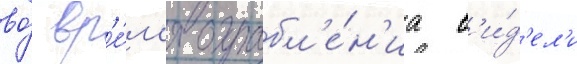
во́ вр'е́м'я ограбл'е́н'иа в'и́д'ел'и